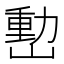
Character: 𡼉